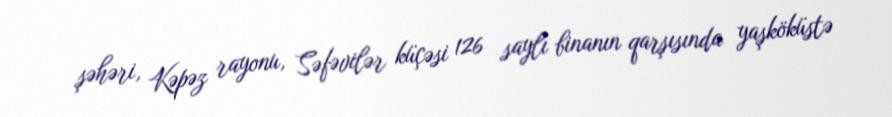
şəhəri, Kəpəz rayonu, Səfəvilər küçəsi 126 saylı binanın qarşısında yaşköküstə